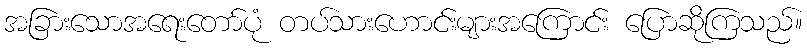
အခြားသောအရေးတော်ပုံ တပ်သားဟောင်းများအကြောင်း ပြောဆိုကြသည်။